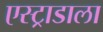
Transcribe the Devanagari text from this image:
एस्ट्राडाला